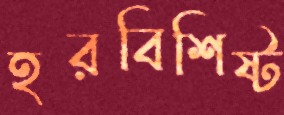
হরবিশিষ্ট